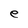
Character: e